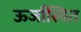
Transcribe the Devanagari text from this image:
ऊर्जास्वित